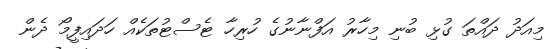
މިއަދު ދައްތަ ގުޅި ބުނި މިހާރު އަފްނާނުގެ ހުރިހާ ޓެސްޓުތަކެއް ހަދައިފީމޯ ދެން